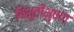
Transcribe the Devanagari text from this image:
बिभुतीभुषण